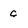
Character: C